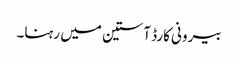
بیرونی کارڈ آستین میں رہنا۔